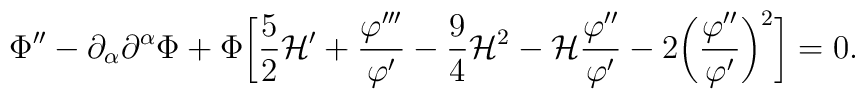
\Phi'' - \partial_{\alpha}\partial^{\alpha} \Phi + \Phi\biggl[ \frac{5}{2}{\cal H}'+ \frac{\varphi'''}{\varphi'} - \frac{9}{4} {\cal H}^2-{\cal H} \frac{\varphi''}{\varphi'} - 2 \biggl( \frac{\varphi''}{\varphi'}\biggr)^2 \biggr]=0.